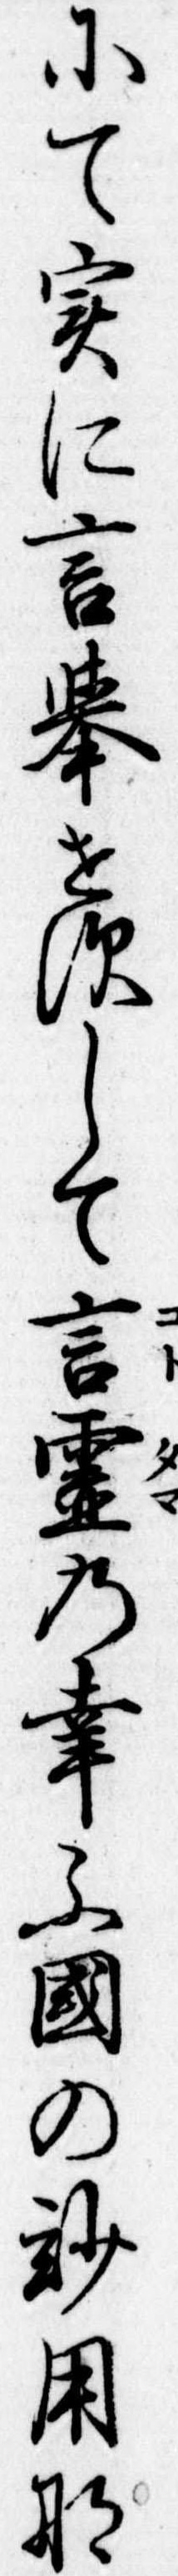
にて実に言挙せすして言霊の幸ふ国の妙用な